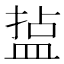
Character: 𭾄